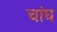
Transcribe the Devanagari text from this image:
चांघ